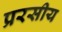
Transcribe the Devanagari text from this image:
प्ररसीय